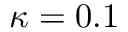
\kappa = 0 . 1